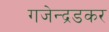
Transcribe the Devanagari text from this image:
गजेन्द्रडकर